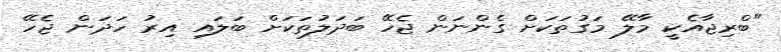
"ބްރިޖާއެކީ މާލޭ މަގުތަކަށް ގެންނަން ޖެހޭ ބަދަލުތަކަށް ބަލައި އިރު ހަދަން ޖެހޭ